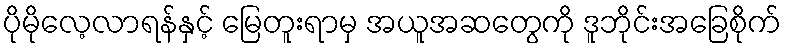
ပိုမိုလေ့လာရန်နှင့် မြေတူးရာမှ အယူအဆတွေကို ဒူဘိုင်းအခြေစိုက်